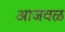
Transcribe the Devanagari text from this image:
आजवळ